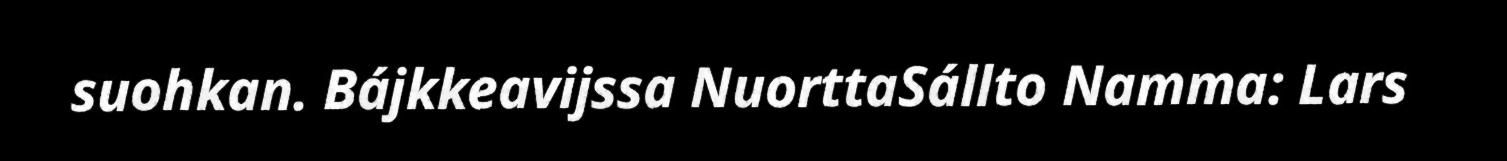
suohkan. Bájkkeavijssa NuorttaSállto Namma: Lars